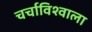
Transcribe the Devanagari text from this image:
चर्चाविश्वाला